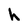
Character: h